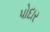
પોદાર